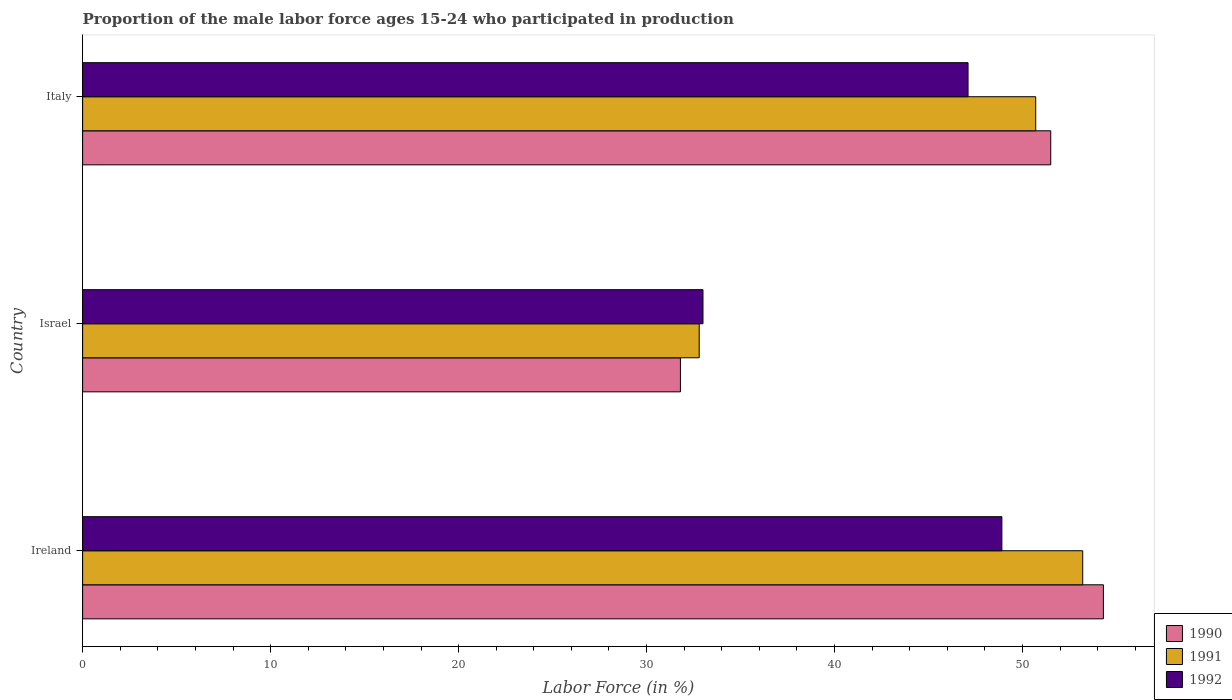
| Country | 1990 | 1991 | 1992 |
 | --- | --- | --- | --- |
 | Ireland | 54.3 | 53.2 | 48.9 |
 | Israel | 31.8 | 32.8 | 33 |
 | Italy | 51.5 | 50.7 | 47.1 |